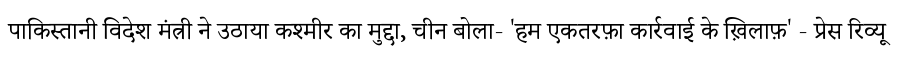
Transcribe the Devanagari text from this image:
पाकिस्तानी विदेश मंत्री ने उठाया कश्मीर का मुद्दा, चीन बोला- 'हम एकतरफ़ा कार्रवाई के ख़िलाफ़' - प्रेस रिव्यू